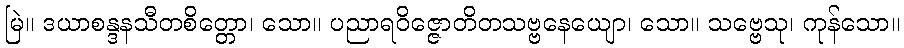
မြဲ။ ဒယာစန္ဒနသီတစိတ္တော၊ သော။ ပညာရဝိဇ္ဇောတိတသဗ္ဗနေယျော၊ သော။ သဗ္ဗေသု၊ ကုန်သော။